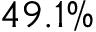
4 9 . 1 \%